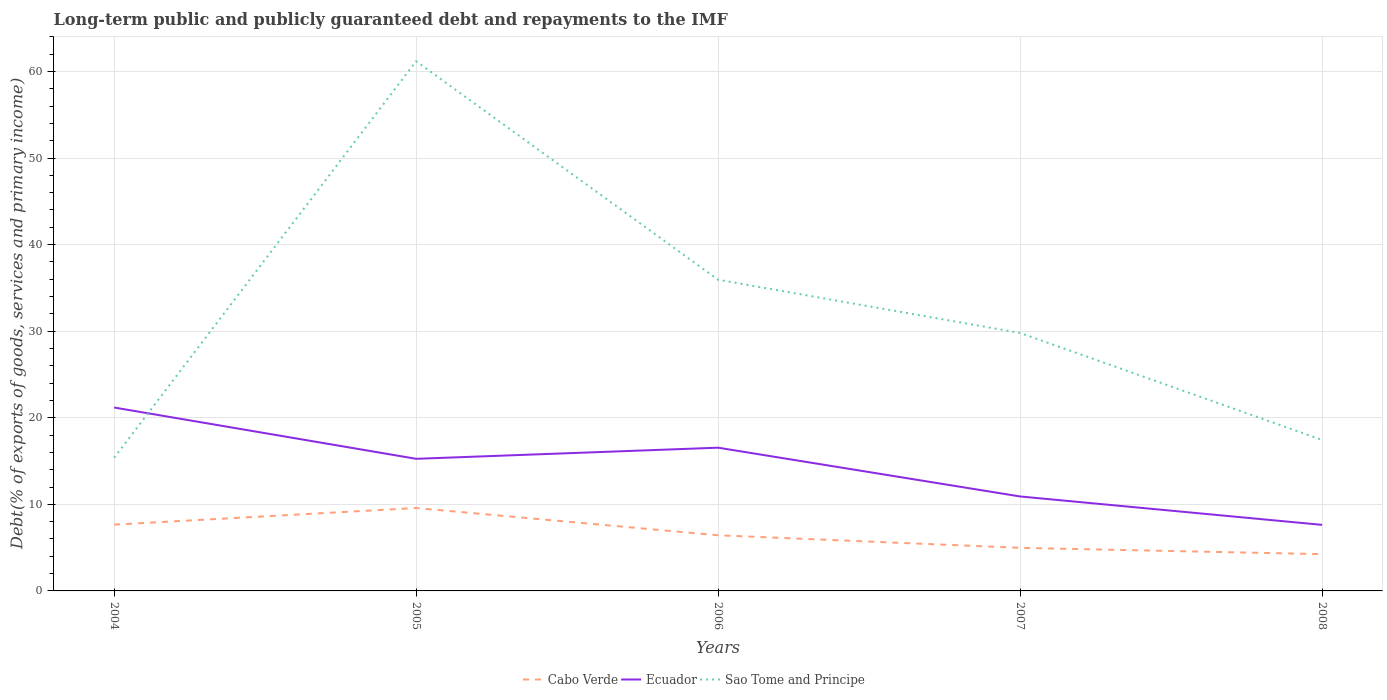
| Years | Cabo Verde | Ecuador | Sao Tome and Principe |
 | --- | --- | --- | --- |
 | 2004 | 7.66 | 21.2 | 15.4 |
 | 2005 | 9.58 | 15.3 | 61.2 |
 | 2006 | 6.43 | 16.5 | 35.9 |
 | 2007 | 4.97 | 10.9 | 29.8 |
 | 2008 | 4.25 | 7.63 | 17.4 |